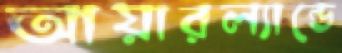
আয়ারল্যান্ডে